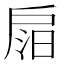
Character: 𢩎